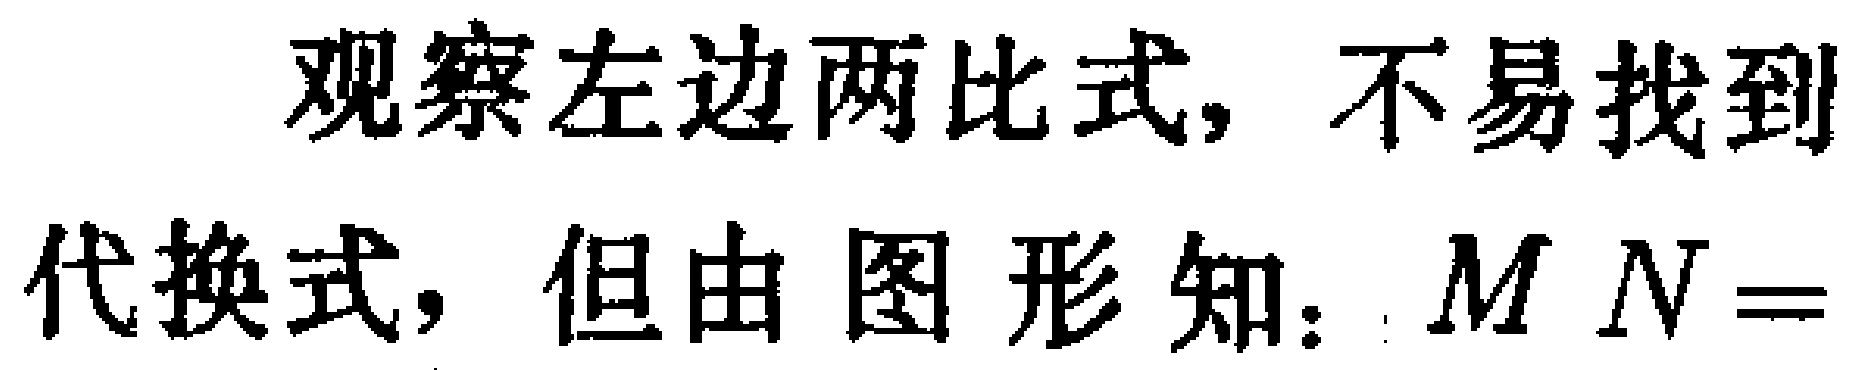
观察左边两比式, 不易找到
代换式, 但由图形知：$MN=$